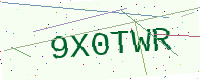
Text: 9X0TWR